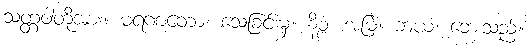
သတ္တဝါတို့အား။ မရဏတော၊ သေခြင်းမှ။ နိစ္စံ၊ အမြဲ။ ဘယံ၊ ဘေးသည်။